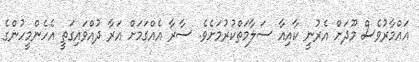
އައްމާރުވެސް މޫދަށް އެރުނީ ކާއިއާ ސަލާމަތްކުރުމަށެވެ. ސާރާ އެއްގަމަށް އަރާ ދުއްވައިގަތީ އެހެންމީހުންގެ